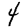
Digit: 4